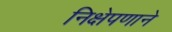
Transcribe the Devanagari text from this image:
निक्षेपणाने